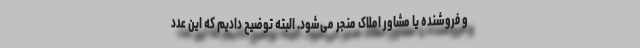
و فروشنده یا مشاور املاک منجر می‌شود. البته توضیح دادیم که این عدد